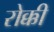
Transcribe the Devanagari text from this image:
रोक्की